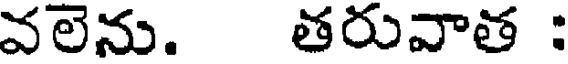
వలెను. తరువాత :